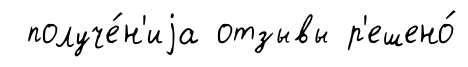
получе́н'иjа отзывы р'ешено́